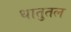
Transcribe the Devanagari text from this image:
धातुतल